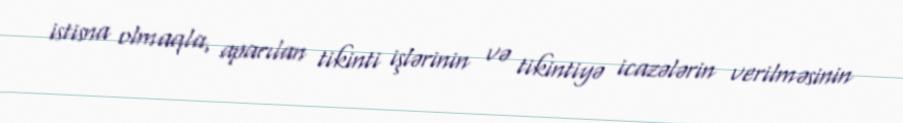
istisna olmaqla, aparılan tikinti işlərinin və tikintiyə icazələrin verilməsinin